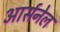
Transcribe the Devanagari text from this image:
आर्सनेल